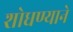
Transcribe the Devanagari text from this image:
शोधण्याने